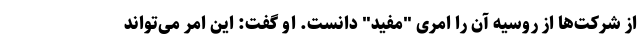
از شرکت‌ها از روسیه آن را امری "مفید" دانست. او گفت: این امر می‌تواند